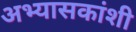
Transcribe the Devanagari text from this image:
अभ्यासकांशी